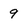
Character: 9